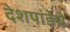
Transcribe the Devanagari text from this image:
देशपांडेचे